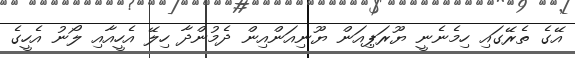
އޭގެ ތެރޭގައި ހިމެނެނީ ޔޫރަޕިއަން ޔޫނިއަންއިން ދެމުންދާ ހިލޭ އެހީއާއި ލޯނު އެހީގެ